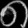
Digit: ၈